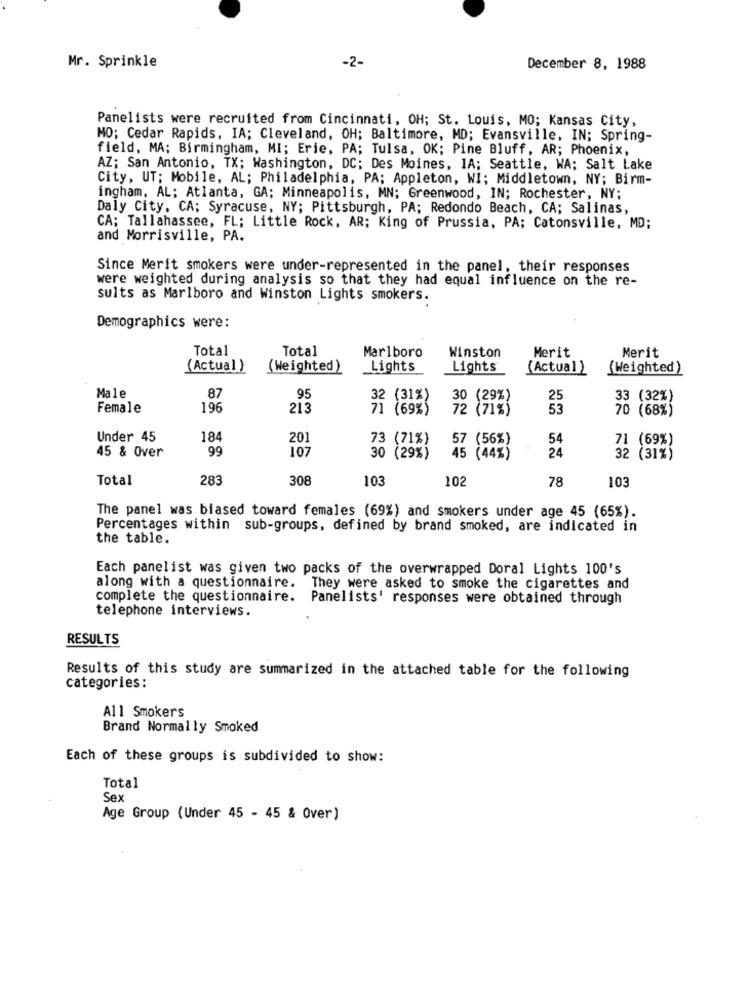
Mr. Sprinkle
-2-
December 8, 1988
Panelists were recruited from Cincinnati, OH; St. Louis, MO; Kansas City,
MO; Cedar Rapids, IA; Cleveland, OH; Baltimore, MD; Evansville, IN; Spring-
field, MA; Birmingham, MI; Erie, PA; Tulsa, OK; Pine Bluff, AR; Phoenix,
AZ; San Antonio, TX; Washington, DC; Des Moines, IA; Seattle, WA; Salt Lake
City, UT; Mobile, AL; Philadelphia, PA; Appleton, WI; Middletown, NY; Birm-
ingham, AL; Atlanta, GA: Minneapolis, MN; Greenwood, IN; Rochester, NY;
Daly City, CA; Syracuse, NY; Pittsburgh, PA; Redondo Beach, CA; Salinas,
CA; Tallahassee, FL; Little Rock, AR; King of Prussia, PA; Catonsville, MD;
and Morrisville, PA.
Since Merit smokers were under-represented in the panel, their responses
were weighted during analysis so that they had equal influence on the re-
sults as Marlboro and Winston Lights smokers.
Demographics were:
Total
Total
Marlboro
Winston
Merit
Merit
(Actual )
(Weighted)
Lights
Lights
(Actual)
(Weighted)
87
Male
95
32 (31%)
30 (29%)
25
33 (32%)
Female
196
213
71 (69%)
72 (71%)
53
70 (68%)
Under 45
184
201
73 (71%)
57 (56%)
54
71 (69%)
45 & Over
99
107
24
30 (29%)
45 (44%)
32 (31%)
Total
283
308
103
102
78
103
The panel was biased toward females (69%) and smokers under age 45 (65%).
Percentages within sub-groups, defined by brand smoked, are indicated in
the table.
Each panelist was given two packs of the overwrapped Doral Lights 100's
along with a questionnaire. They were asked to smoke the cigarettes and
complete the questionnaire. Panelists' responses were obtained through
telephone interviews.
RESULTS
Results of this study are summarized in the attached table for the following
categories:
All Smokers
Brand Normally Smoked
Each of these groups is subdivided to show:
Total
Sex
Age Group (Under 45 - 45 & Over)